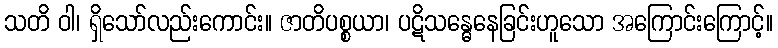
သတိ ဝါ၊ ရှိသော်လည်းကောင်း။ ဇာတိပစ္စယာ၊ ပဋိသန္ဓေနေခြင်းဟူသော အကြောင်းကြောင့်။